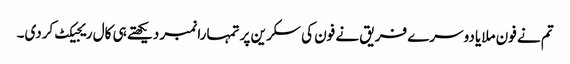
تم نے فون ملایا دوسرے فریق نے فون کی سکرین پر تمہارا نمبر دیکھتے ہی کال ریجیکٹ کردی۔